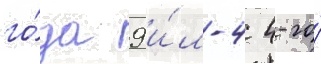
го́да 9 и́л-4 4-го́